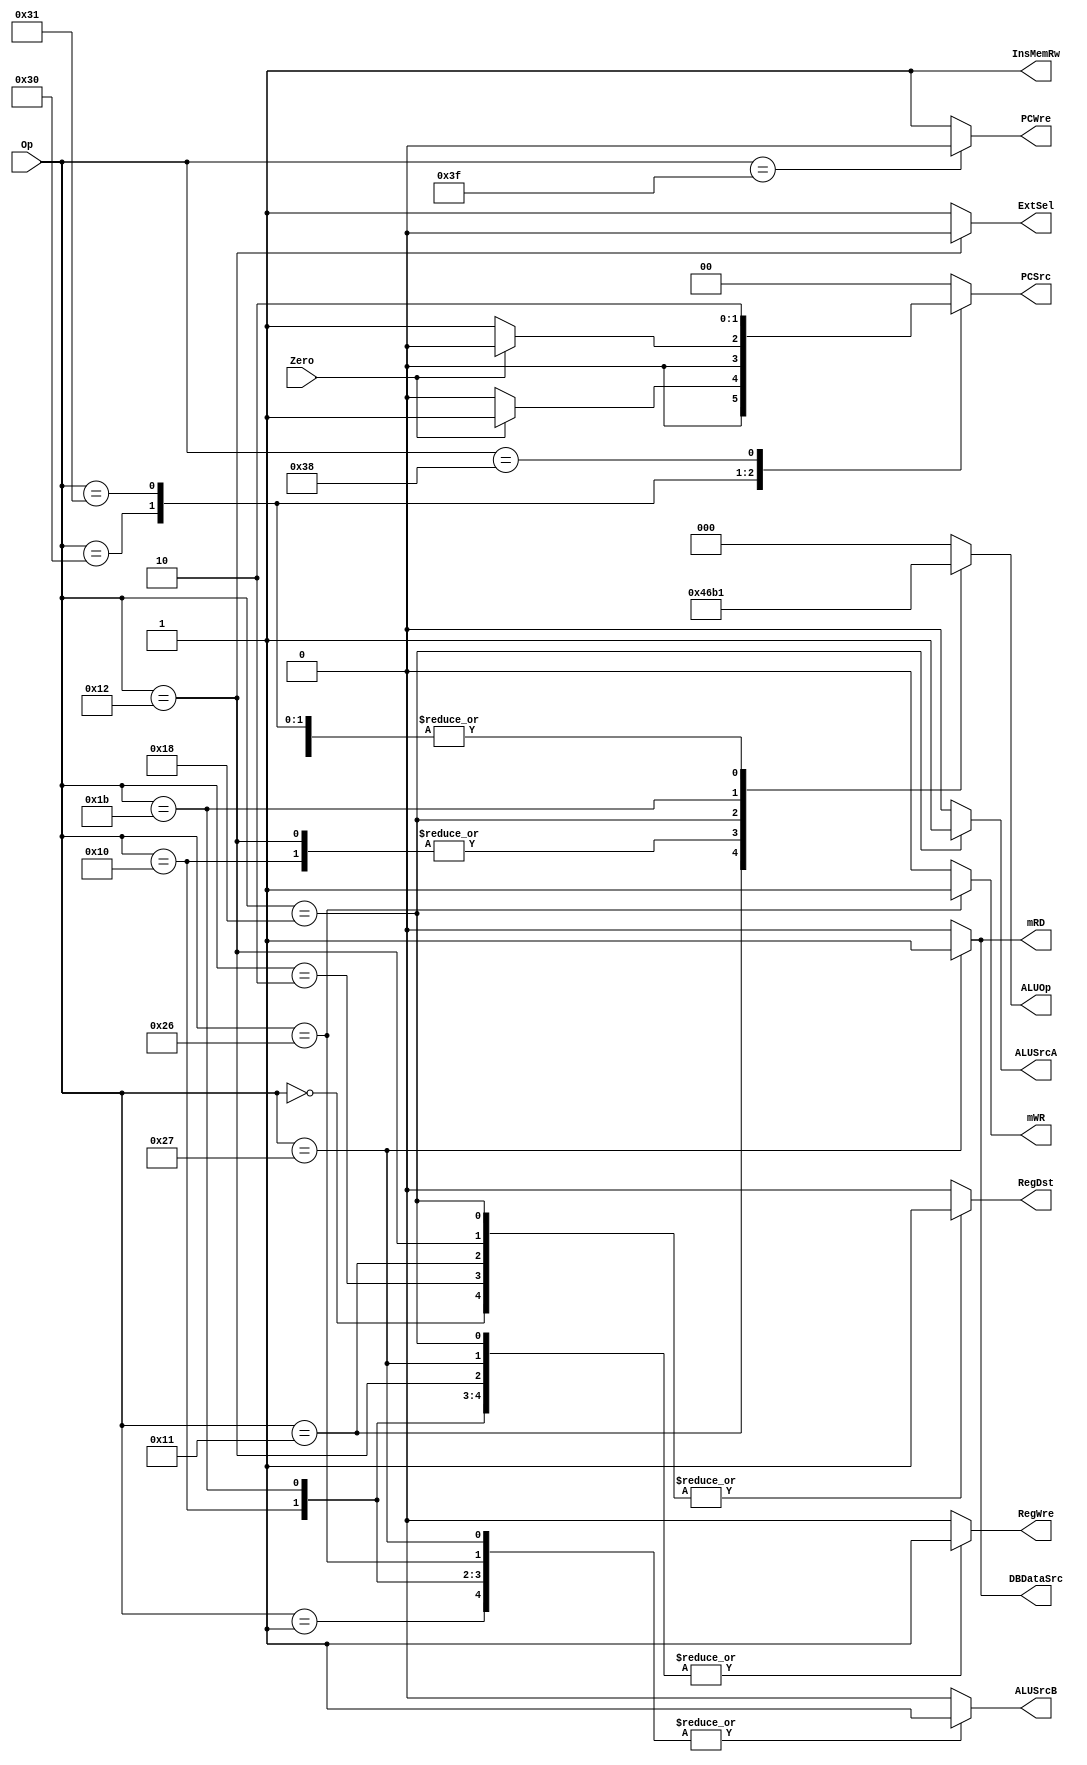
`timescale 1ns / 1ps
//////////////////////////////////////////////////////////////////////////////////
// Company: 
// Engineer: 
// 
// Design Name: 
// Module Name: ControlUnit
// Project Name: 
// Target Devices: 
// Tool Versions: 
// Description: 
// 
// Dependencies: 
// 
// Revision:
// Revision 0.01 - File Created
// Additional Comments:
// 
//////////////////////////////////////////////////////////////////////////////////


module ControlUnit(
    input[5:0] Op,
    input Zero,
    output PCWre, // 0 PC
    output ALUSrcA, // 0 -  1 - sa
    output DBDataSrc, // 0 - ALU 1 - 
    output mRD, // 0 -  1 - 
    output mWR, // 0 -  1 - 
    output ExtSel, //  0 - 0 1 - 
    output InsMemRw, // 0 -  1 - 
    output reg ALUSrcB, // 0 -  1 - signzero
    output reg RegWre, //  0 -  1 - 
    output reg RegDst, // 0 - rt 1 - rs
    output reg [1:0] PCSrc,
    output reg [2:0] ALUOp
    );
    
    assign PCWre = Op == 6'b111111 ? 0 : 1;
    assign ALUSrcA = Op == 6'b011000 ? 1 : 0;
    assign DBDataSrc = Op == 6'b100111 ? 1 : 0;
    assign mRD = Op == 6'b100111 ? 1 : 0;
    assign mWR = Op == 6'b100110 ? 1 : 0;
    assign ExtSel = Op == 6'b010010 ? 0 : 1;
    assign InsMemRw = 1;
    
    always@(Op or Zero) begin
        case(Op)
            6'b000000: begin
                ALUSrcB = 0;
                RegWre = 1;
                RegDst = 1;
                PCSrc = 2'b00;
                ALUOp = 3'b000;
            end
            6'b000001: begin
                ALUSrcB = 1;
                RegWre = 1;
                RegDst = 0;
                PCSrc = 2'b00;
                ALUOp = 3'b000;
            end
            6'b000010: begin
                ALUSrcB = 0;
                RegWre = 1;
                RegDst = 1;
                PCSrc = 2'b00;
                ALUOp = 3'b001;
            end
            6'b010010: begin
                ALUSrcB = 0;
                RegWre = 1;
                RegDst = 1;
                PCSrc = 2'b00;
                ALUOp = 3'b011;
            end
            6'b010001: begin
                ALUSrcB = 0;
                RegWre = 1;
                RegDst = 1;
                PCSrc = 2'b00;
                ALUOp = 3'b100;
            end
            6'b010000: begin
                ALUSrcB = 1;
                RegWre = 1;
                RegDst = 0;
                PCSrc = 2'b00;
                ALUOp = 3'b011;
            end
            6'b011000: begin
                ALUSrcB = 0;
                RegWre = 1;
                RegDst = 1;
                PCSrc = 2'b00;
                ALUOp = 3'b010;
            end
            6'b011011: begin
                ALUSrcB = 1;
                RegWre = 1;
                RegDst = 0;
                PCSrc = 2'b00;
                ALUOp = 3'b110;
            end
            6'b100110: begin
                ALUSrcB = 1;
                RegWre = 0;
                RegDst = 0;
                PCSrc = 2'b00;
                ALUOp = 3'b000;
            end
            6'b100111: begin
                ALUSrcB = 1;
                RegWre = 1;
                RegDst = 0;
                PCSrc = 2'b00;
                ALUOp = 3'b000;
            end
            6'b110000: begin
                ALUSrcB = 0;
                RegWre = 0;
                RegDst = 0;
                PCSrc = Zero == 0 ? 2'b00 : 2'b01;
                ALUOp = 3'b001;
            end
            6'b110001: begin
                ALUSrcB = 0;
                RegWre = 0;
                RegDst = 0;
                PCSrc = Zero == 1 ? 2'b00 : 2'b01;
                ALUOp = 3'b001;
            end
            6'b111000: begin
                ALUSrcB = 0;
                RegWre = 0;
                RegDst = 0;
                PCSrc = 2'b10;
                ALUOp = 3'b000;
            end
            6'b111111: begin
                ALUSrcB = 0;
                RegWre = 0;
                RegDst = 0;
                PCSrc = 2'b00;
                ALUOp = 3'b000;
            end
            default: begin
                ALUSrcB = 0;
                RegWre = 0;
                RegDst = 0;
                PCSrc = 2'b00;
                ALUOp = 3'b000;
            end
        endcase
    end
    
endmodule